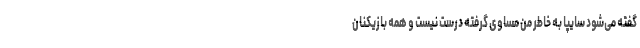
گفته می‌شود سایپا به خاطر من مساوی گرفته درست نیست و همه بازیکنان